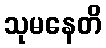
သုမနေတိ